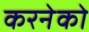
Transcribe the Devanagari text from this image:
करनेको